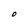
Character: O